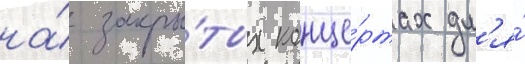
на́ закры́тых конце́ртах дл'я́